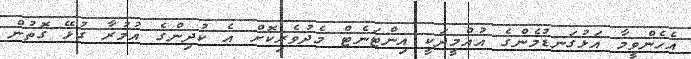
އެހެންވީމާ އަޅުގަނޑުމެންގެ އުއްމީދަކީ އިންޓަނެޓް މެދުވެރިކޮށް އެ ކުދިންގެ އުމުރާ ގުޅޭ ގޮތުން